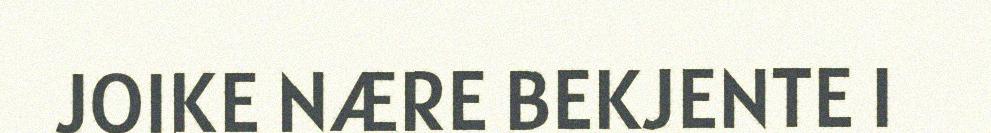
JOIKE NÆRE BEKJENTE I